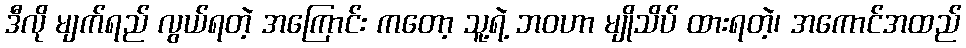
ဒီလို မျက်ရည် လွယ်ရတဲ့ အကြောင်း ကတော့ သူ့ရဲ့ ဘဝဟာ မျိုသိပ် ထားရတဲ့၊ အကောင်အထည်